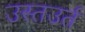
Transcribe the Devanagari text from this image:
उस्तउर्त